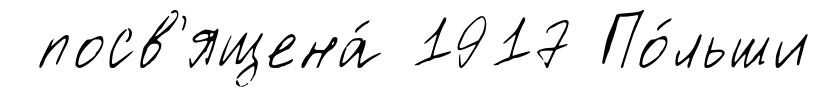
посв'ящена́ 1917 По́льши